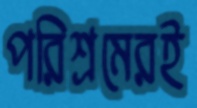
পরিশ্রমেরই